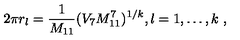
2 \pi r _ { l } = \frac { 1 } { M _ { 1 1 } } ( V _ { 7 } M _ { 1 1 } ^ { 7 } ) ^ { 1 / k } , l = 1 , \ldots , k \ ,